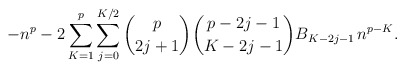
\begin{align*}-n^p - 2 \sum_{K=1}^{p} \sum_{j=0}^{K/2} \binom{p}{2j+1} \binom{{p-2j-1}}{K-2j-1} B_{K-2j-1} \, n^{p-K}.\end{align*}